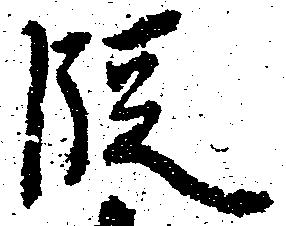
段